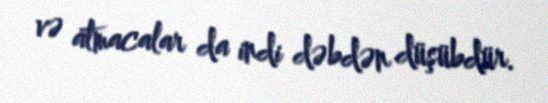
və atmacalar da indi dəbdən düşübdür.